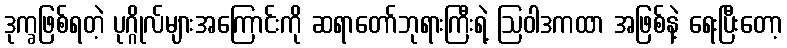
ဒုက္ခဖြစ်ရတဲ့ ပုဂ္ဂိုလ်များအကြောင်းကို ဆရာတော်ဘုရားကြီးရဲ့ ဩဝါဒကထာ အဖြစ်နဲ့ ရေးပြီးတော့